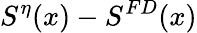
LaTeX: S^{\eta}(x)-S^{FD}(x)